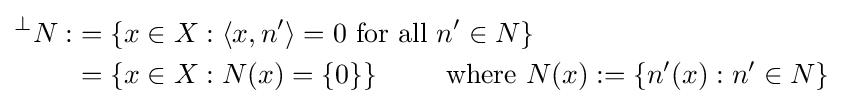
{\begin{alignedat}{4}{}^{\bot }N:&=\left\{x\in X:\left\langle x,n^{\prime }\right\rangle =0{\text{ for all }}n^{\prime }\in N\right\}\\&=\left\{x\in X:N(x)=\{0\}\right\}\qquad {\text{ where }}N(x):=\left\{n^{\prime }(x):n^{\prime }\in N\right\}\\\end{alignedat}}